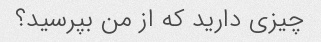
چیزی دارید که از من بپرسید؟